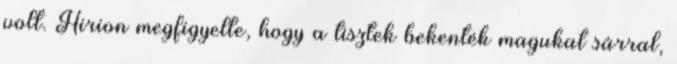
volt. Hirion megfigyelte, hogy a tisztek bekenték magukat sárral,